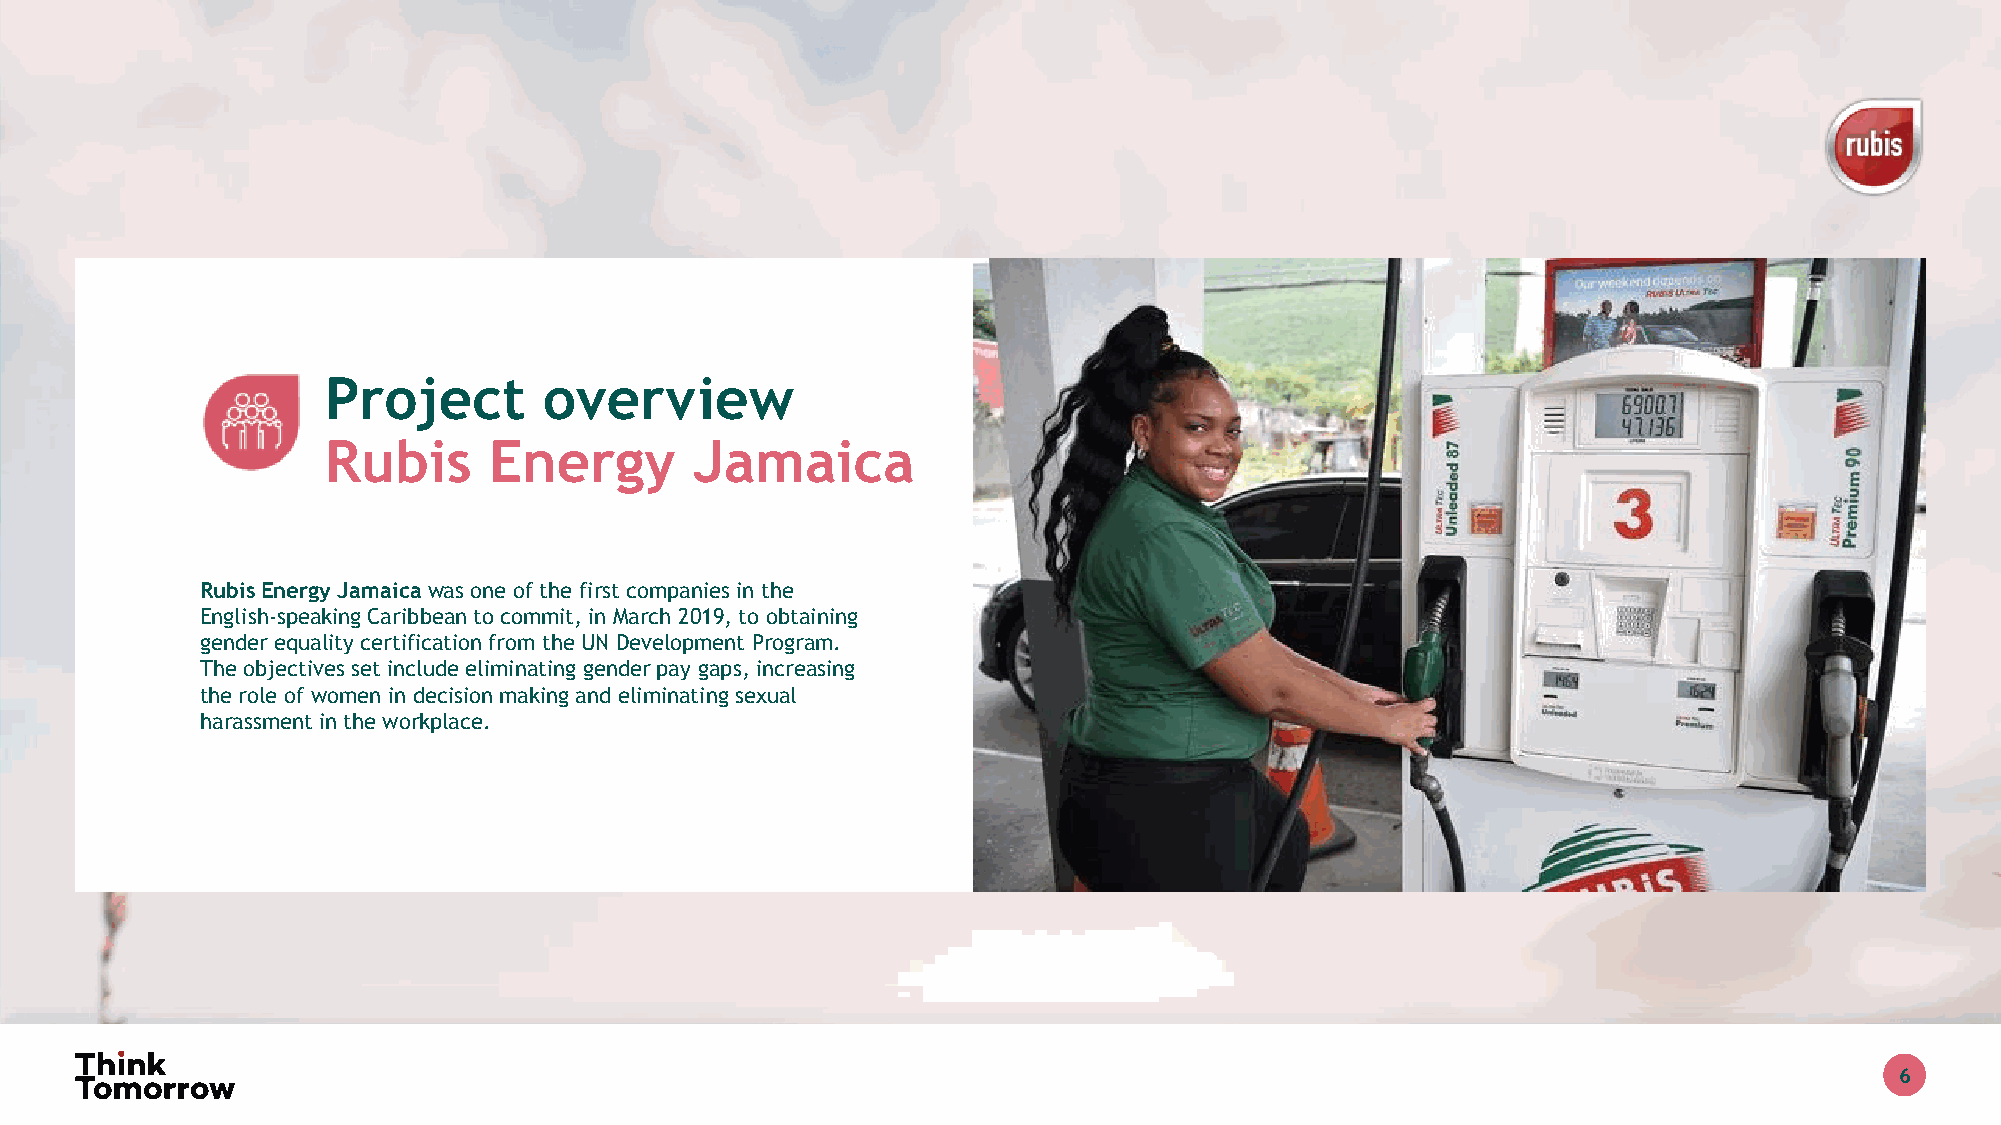
Project       overview
 Rubis     Energy        Jamaica
 Rubis Energy Jamaica was one of the first companies in the
 English-speaking Caribbean to commit, in March 2019, to obtaining
 gender equality certification from the UN Development Program.
 The objectives set include eliminating gender pay gaps, increasing
 the role of women in decision making and eliminating sexual
 harassment in the workplace.
 6